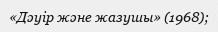
«Дәуір және жазушы» (1968);